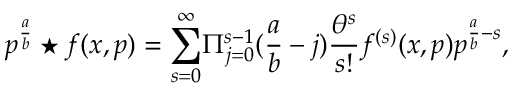
{ p ^ { \frac { a } { b } } \star f ( x , p ) } = { \sum _ { s = 0 } ^ { \infty } } { \Pi _ { j = 0 } ^ { s - 1 } } ( { \frac { a } { b } } - j ) { \frac { \theta ^ { s } } { s ! } } f ^ { ( s ) } ( x , p ) p ^ { \frac { a } { b } - s } ,